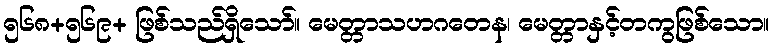
၅၆၈+၅၆၉+ ဖြစ်သည်ရှိသော်။ မေတ္တာသဟဂတေန၊ မေတ္တာနှင့်တကွဖြစ်သော။